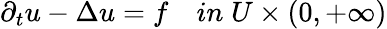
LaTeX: \begin{array}{r}{\partial_{t}u-\Delta u=f\quad in\; U\times(0,+\infty)}\end{array}